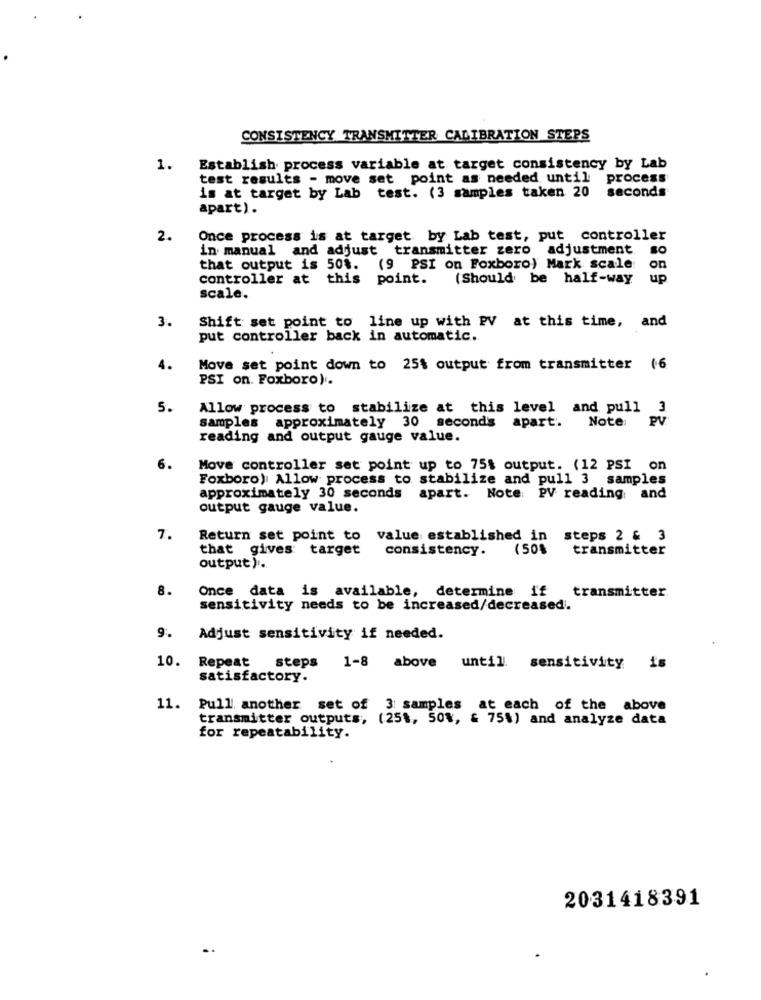
CONSISTENCY TRANSMITTER CALIBRATION STEPS
1.
Establish process variable at target consistency by Lab
test results - move set point as needed until process
is at target by Lab test. (3 samples taken 20 seconds
apart).
2.
Once process is at target by Lab test, put controller
in manual and adjust transmitter zero adjustment so
that output is 50%. (9 PSI on Foxboro) Mark scale on
controller at this point.
(Should be half-way
up
scale.
3.
Shift set point to line up with PV at this time, and
put controller back in automatic.
4.
Move set point down to 25% output from transmitter (6
PSI on. Foxboro).
5.
Allow process to stabilize at this level and pull 3
Note: PV
samples approximately 30 seconds apart'.
reading and output gauge value.
6.
Move controller set point up to 75% output. (12 PSI on
Foxboro) Allow process to stabilize and pull 3 samples
approximately 30 seconds apart. Note: PV reading and
output gauge value.
7.
Return set point to value established in
steps 2 & 3
that gives target
consistency.
(50%
transmitter
output).
8.
Once data is available, determine if
transmitter
sensitivity needs to be increased/decreased.
9.
Adjust sensitivity if needed.
10.
Repeat
steps 1-8 above until sensitivity is
satisfactory.
11.
Pull another set of 3: samples at each of the above
transmitter outputs, (25%, 50%, & 75%) and analyze data
for repeatability.
2031418391